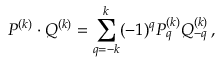
{ P ^ { ( k ) } } \cdot { { Q } ^ { ( k ) } } = \sum _ { q = - k } ^ { k } ( - 1 ) ^ { q } P _ { q } ^ { ( k ) } { Q } _ { - q } ^ { ( k ) } \, ,